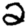
Digit: 2